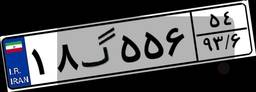
۱۸گ۵۵۶۵۴